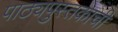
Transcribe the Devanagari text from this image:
पाठ्यपुस्तकाची